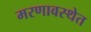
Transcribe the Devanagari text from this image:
मरणावस्थेत